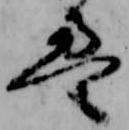
え